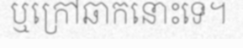
ឬក្រៅឆាកនោះទេ។